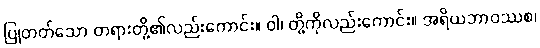
ပြုတတ်သော တရားတို့၏လည်းကောင်း။ ဝါ၊ တို့ကိုလည်းကောင်း။ အရိယဘာဝဿစ၊